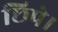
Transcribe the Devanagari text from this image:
छिपे।